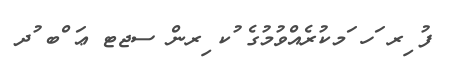
ފު ިރ ަހ ަމކުރެއްވުމުގެ ުކ ިރން ސޖޓ ޢަ ްބ ުދ